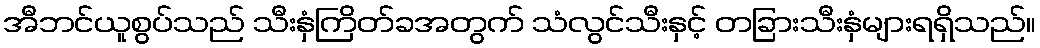
အီဘင်ယူစွပ်သည် သီးနှံကြိတ်ခအတွက် သံလွင်သီးနှင့် တခြားသီးနှံများရရှိသည်။